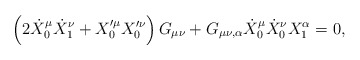
\begin{align*}\left(2 \dot{X}_{0}^{\mu} \dot{X}_{1}^{\nu} + X_{0}'^{\mu} X_{0}'^{\nu}\right)G_{\mu \nu} + G_{\mu \nu, \alpha} \dot{X}_{0}^{\mu}\dot{X}_{0}^{\nu}X_{1}^{\alpha}=0,\end{align*}